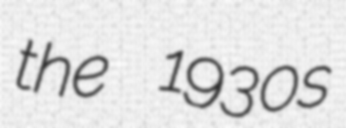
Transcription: the 1930s